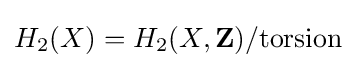
H_{2}(X)=H_{2}(X,\mathbf {Z} )/\mathrm {torsion}